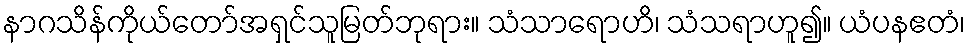
နာဂသိန်ကိုယ်တော်အရှင်သူမြတ်ဘုရား။ သံသာရောဟိ၊ သံသရာဟူ၍။ ယံပနဧတံ၊